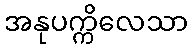
အနုပက္ကိလေသာ